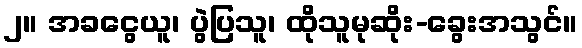
၂။ အခငွေယူ၊ ပွဲပြသူ၊ ထိုသူမုဆိုး-ခွေးအသွင်။